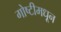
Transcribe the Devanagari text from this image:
गोष्टीमधून